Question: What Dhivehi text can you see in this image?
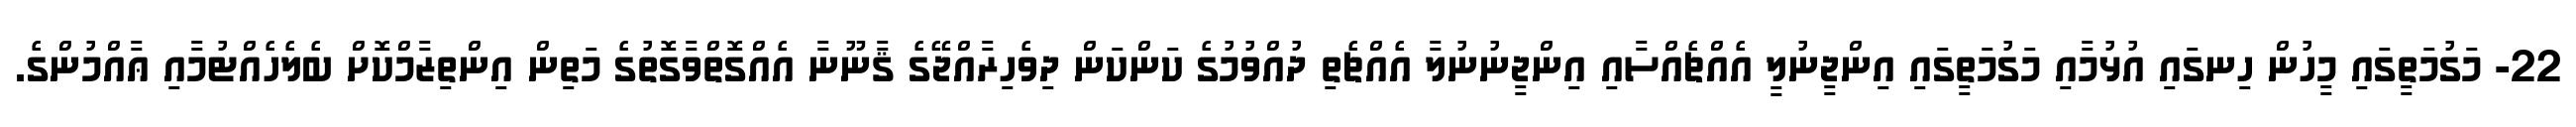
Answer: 22- މަގުމަތީގައި މީހުން ހިނގައި އުޅުމާއި މަގުމަތީގައި އިންޖީނުލީ އެއްޗެއްސާއި އިންޖީނުނުލާ އެއްޗެތި ދުއްވުމުގެ ކަންކަން ދިވެހިރާއްޖޭގެ ޤާނޫނާ އެއްގޮތްވާގޮތުގެ މަތިން އިންތިޒާމްކޮށް ބެލެހެއްޓުމާއި ޢާއްމުންގެ.